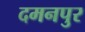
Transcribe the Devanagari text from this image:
दमनपुर